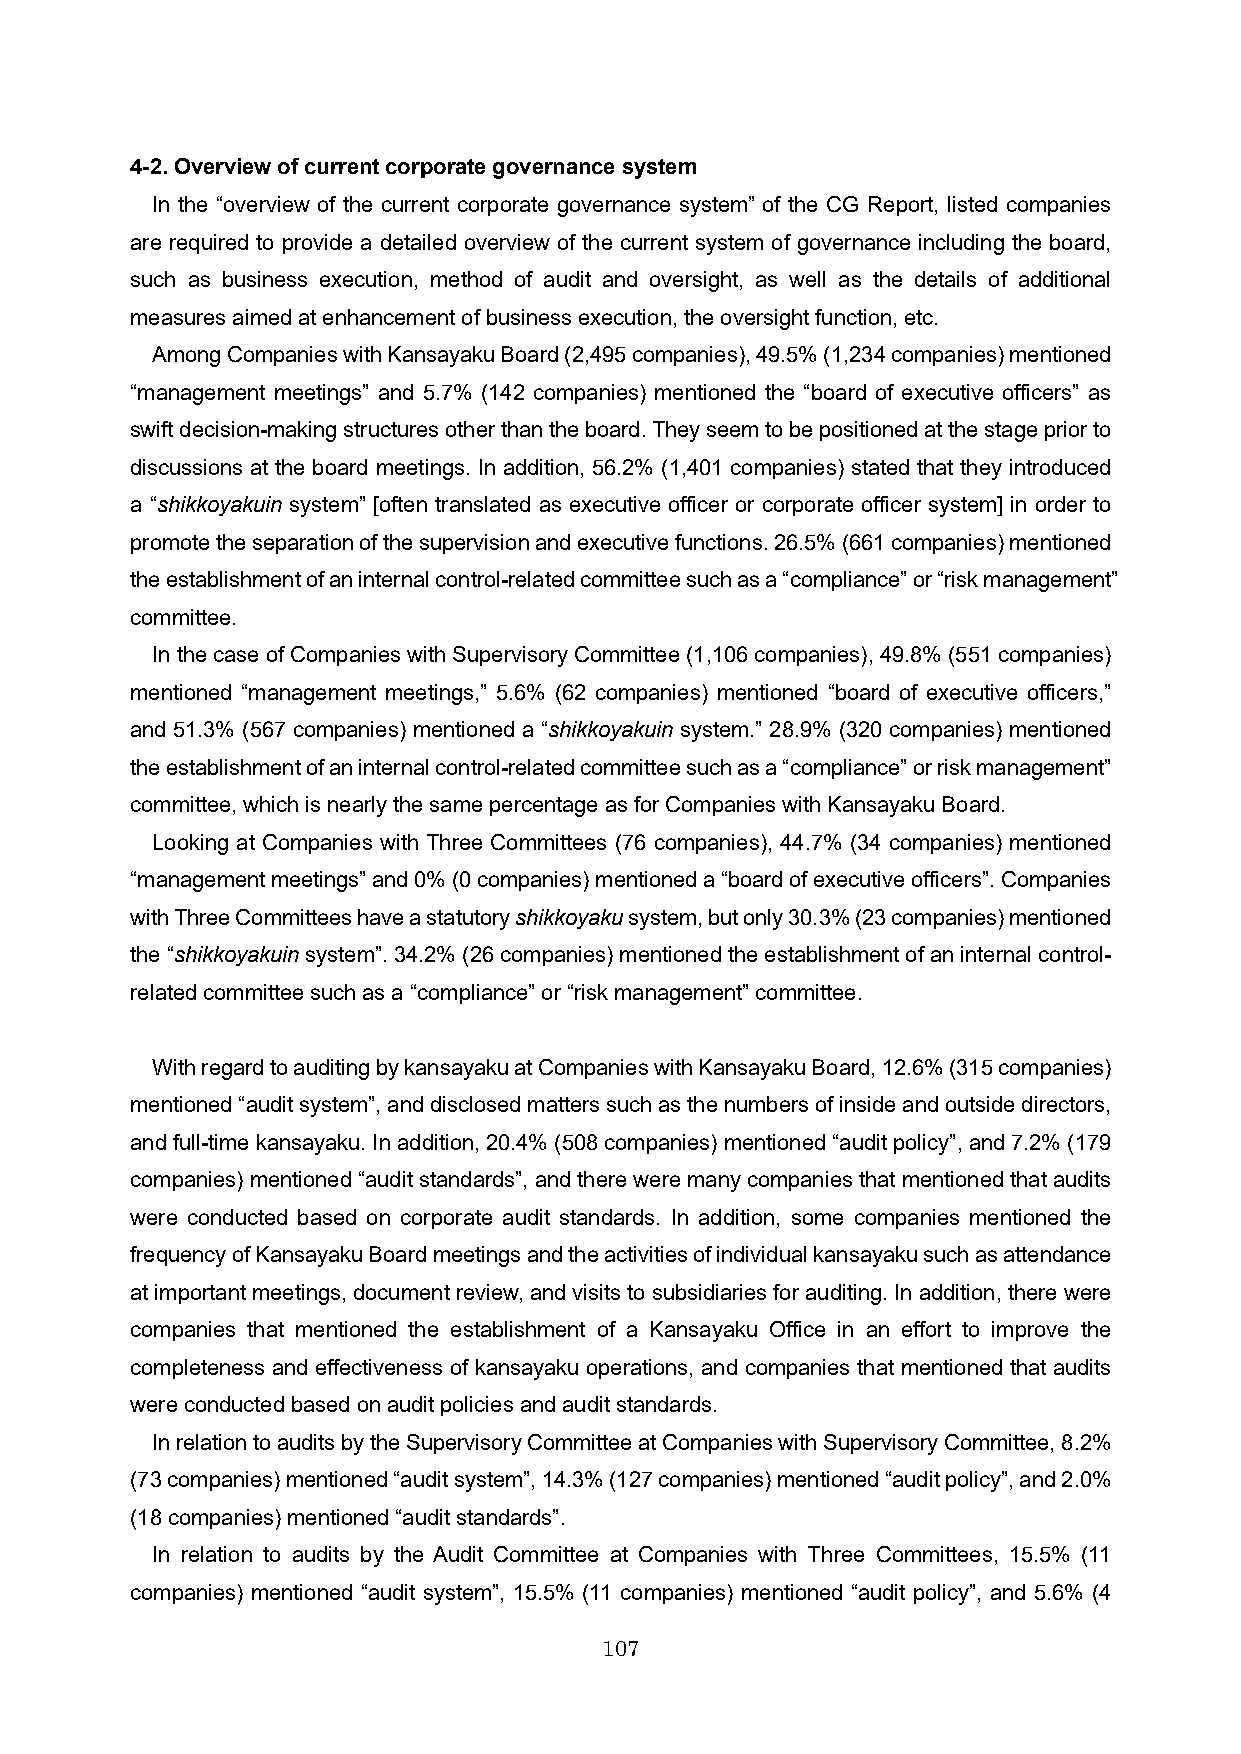
4-2. Overview of current corporate governance system
 In the “overview of the current corporate governance system” of the CG Report, listed companies
 are required to provide a detailed overview of the current system of governance including the board,
 such as business execution, method of audit and oversight, as well as the details of additional
 measures aimed at enhancement of business execution, the oversight function, etc.
 Among Companies with Kansayaku Board (2,495 companies), 49.5% (1,234 companies) mentioned
 “management meetings” and 5.7% (142 companies) mentioned the “board of executive officers” as
 swift decision-making structures other than the board. They seem to be positioned at the stage prior to
 discussions at the board meetings. In addition, 56.2% (1,401 companies) stated that they introduced
 a “shikkoyakuin system” [often translated as executive officer or corporate officer system] in order to
 promote the separation of the supervision and executive functions.26.5% (661 companies) mentioned
 the establishment of an internal control-related committee such as a “compliance” or “risk management”
 committee.
 In the case of Companies with Supervisory Committee (1,106 companies), 49.8% (551 companies)
 mentioned “management meetings,” 5.6% (62 companies) mentioned “board of executive officers,”
 and 51.3% (567 companies) mentioned a “shikkoyakuin system.” 28.9% (320 companies) mentioned
 the establishment of an internal control-related committee such as a “compliance” or risk management”
 committee, which is nearly the same percentage as for Companies with Kansayaku Board.
 Looking at Companies with Three Committees (76 companies), 44.7% (34 companies) mentioned
 “management meetings” and 0% (0 companies) mentioned a “board of executive officers”. Companies
 with Three Committees have a statutory shikkoyakusystem, but only 30.3% (23 companies) mentioned
 the “shikkoyakuinsystem”. 34.2% (26 companies) mentioned the establishment of an internal control-
 related committee such as a “compliance” or “risk management” committee.
 With regard to auditing by kansayaku at Companies with Kansayaku Board, 12.6% (315 companies)
 mentioned “audit system”, and disclosed matters such as the numbers of inside and outside directors,
 and full-timekansayaku. In addition, 20.4% (508 companies) mentioned “audit policy”, and 7.2% (179
 companies) mentioned “audit standards”, and there were many companies that mentioned that audits
 were conducted based on corporate audit standards. In addition, some companies mentioned the
 frequency of Kansayaku Board meetings and the activities of individual kansayaku such as attendance
 at important meetings, document review, and visits to subsidiaries for auditing. In addition, there were
 companies that mentioned the establishment of a Kansayaku Office in an effort to improve the
 completeness and effectiveness of kansayaku operations, and companies that mentioned that audits
 were conducted based on audit policies and audit standards.
 In relation to audits by the Supervisory Committee at Companies with Supervisory Committee, 8.2%
 (73 companies) mentioned “audit system”, 14.3% (127 companies) mentioned “audit policy”, and 2.0%
 (18 companies) mentioned “audit standards”.
 In relation to audits by the Audit Committee at Companies with Three Committees, 15.5% (11
 companies) mentioned “audit system”, 15.5% (11 companies) mentioned “audit policy”, and 5.6% (4
 107